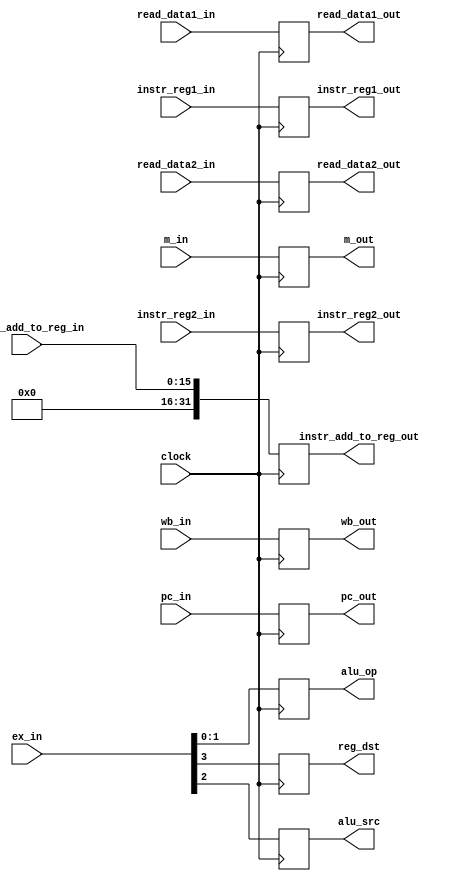
module id_ex_pipe_reg(clock, wb_in, wb_out, m_in, m_out, ex_in, alu_op, alu_src, reg_dst, pc_in, pc_out, read_data1_in, read_data1_out, read_data2_in, read_data2_out, instr_reg1_in, instr_reg1_out, instr_reg2_in, instr_reg2_out, instr_add_to_reg_in, instr_add_to_reg_out);

input clock;
input [31:0] pc_in, read_data1_in, read_data2_in;
input [15:0] instr_add_to_reg_in;
input [4:0] instr_reg1_in, instr_reg2_in;
input [1:0] wb_in;
output reg[1:0] wb_out;
input [2:0] m_in;
output reg [2:0] m_out;
input [3:0] ex_in;
output reg [31:0] pc_out, read_data1_out, read_data2_out, instr_add_to_reg_out;
output reg [4:0] instr_reg1_out, instr_reg2_out;
output reg [1:0] alu_op;
output reg reg_dst;
output reg alu_src;

always @(posedge clock)
begin
	pc_out <= pc_in;
	read_data1_out <= read_data1_in;
	read_data2_out <= read_data2_in;
	instr_add_to_reg_out <= instr_add_to_reg_in;
	instr_reg1_out <= instr_reg1_in;
	instr_reg2_out <= instr_reg2_in;
	wb_out <= wb_in;
	m_out <= m_in;
	alu_op <= ex_in[1:0];
	alu_src <= ex_in[2:2];
	reg_dst <= ex_in[3:3];
end
endmodule